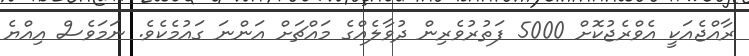
ރާއްޖެއަކީ އެވްރެޖުކޮށް 5000 ފަތުރުވެރިން ދުވާލެއްގެ މައްޗަށް އަންނަ ގައުމެކެވެ. ނަމަވެސް އިއްޔެ